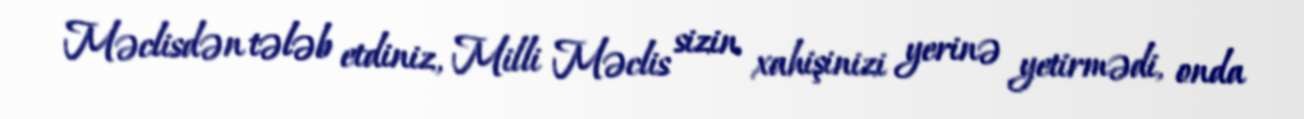
Məclisdən tələb etdiniz, Milli Məclis sizin xahişinizi yerinə yetirmədi, onda